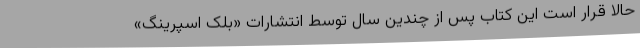
حالا قرار است این کتاب پس از چندین سال توسط انتشارات «بلک ‌اسپرینگ»